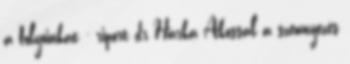
a folyóinkat - riport dr Harka Ákossal a szennyezés